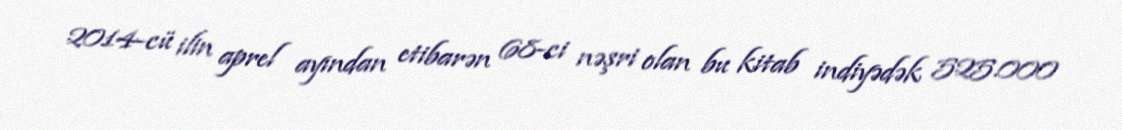
2014-cü ilin aprel ayından etibarən 68-ci nəşri olan bu kitab indiyədək 525.000